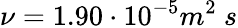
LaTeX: \nu=1.90\cdot 10^{-5}m^{2}\ s